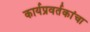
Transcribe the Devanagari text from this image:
कार्यप्रवर्तकांचा